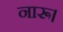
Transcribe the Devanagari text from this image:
नारू।